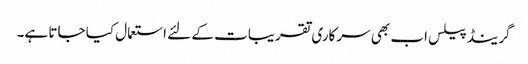
گرینڈ پیلس اب بھی سرکاری تقریبات کے لئے استعمال کیا جاتا ہے۔